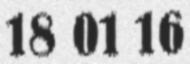
18 01 16